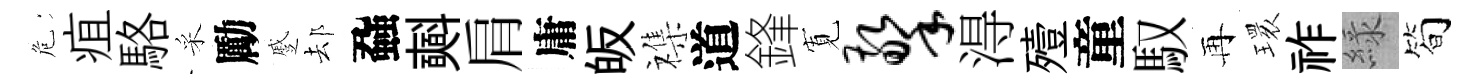
危疽駱采勵蹙𨚫蝨𣂏肩庸皈襍道鋒𡩖擎淂殪童馭再𤨔祚緑简